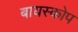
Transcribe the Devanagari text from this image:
बायस्कोप